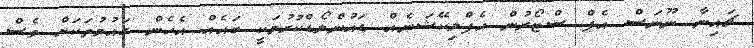
ޗައިނާ ނޫނަސް އެޕް ސްޓޯރުން އެޕްލިކޭޝަނެއް ޑައުންލޯޑްކުރުމަކީ ބައެއް އެހެން ގައުމުތަކަށް ވެސް